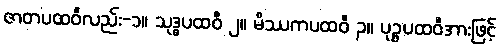
ဇာတပထဝီလည်း-၁။ သုဒ္ဓပထဝီ ၂။ မိဿကပထဝီ ၃။ ပုဉ္ဇပထဝီအားဖြင့်